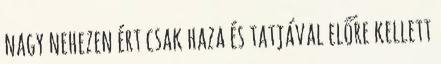
nagy nehezen ért csak haza és tatjával előre kellett